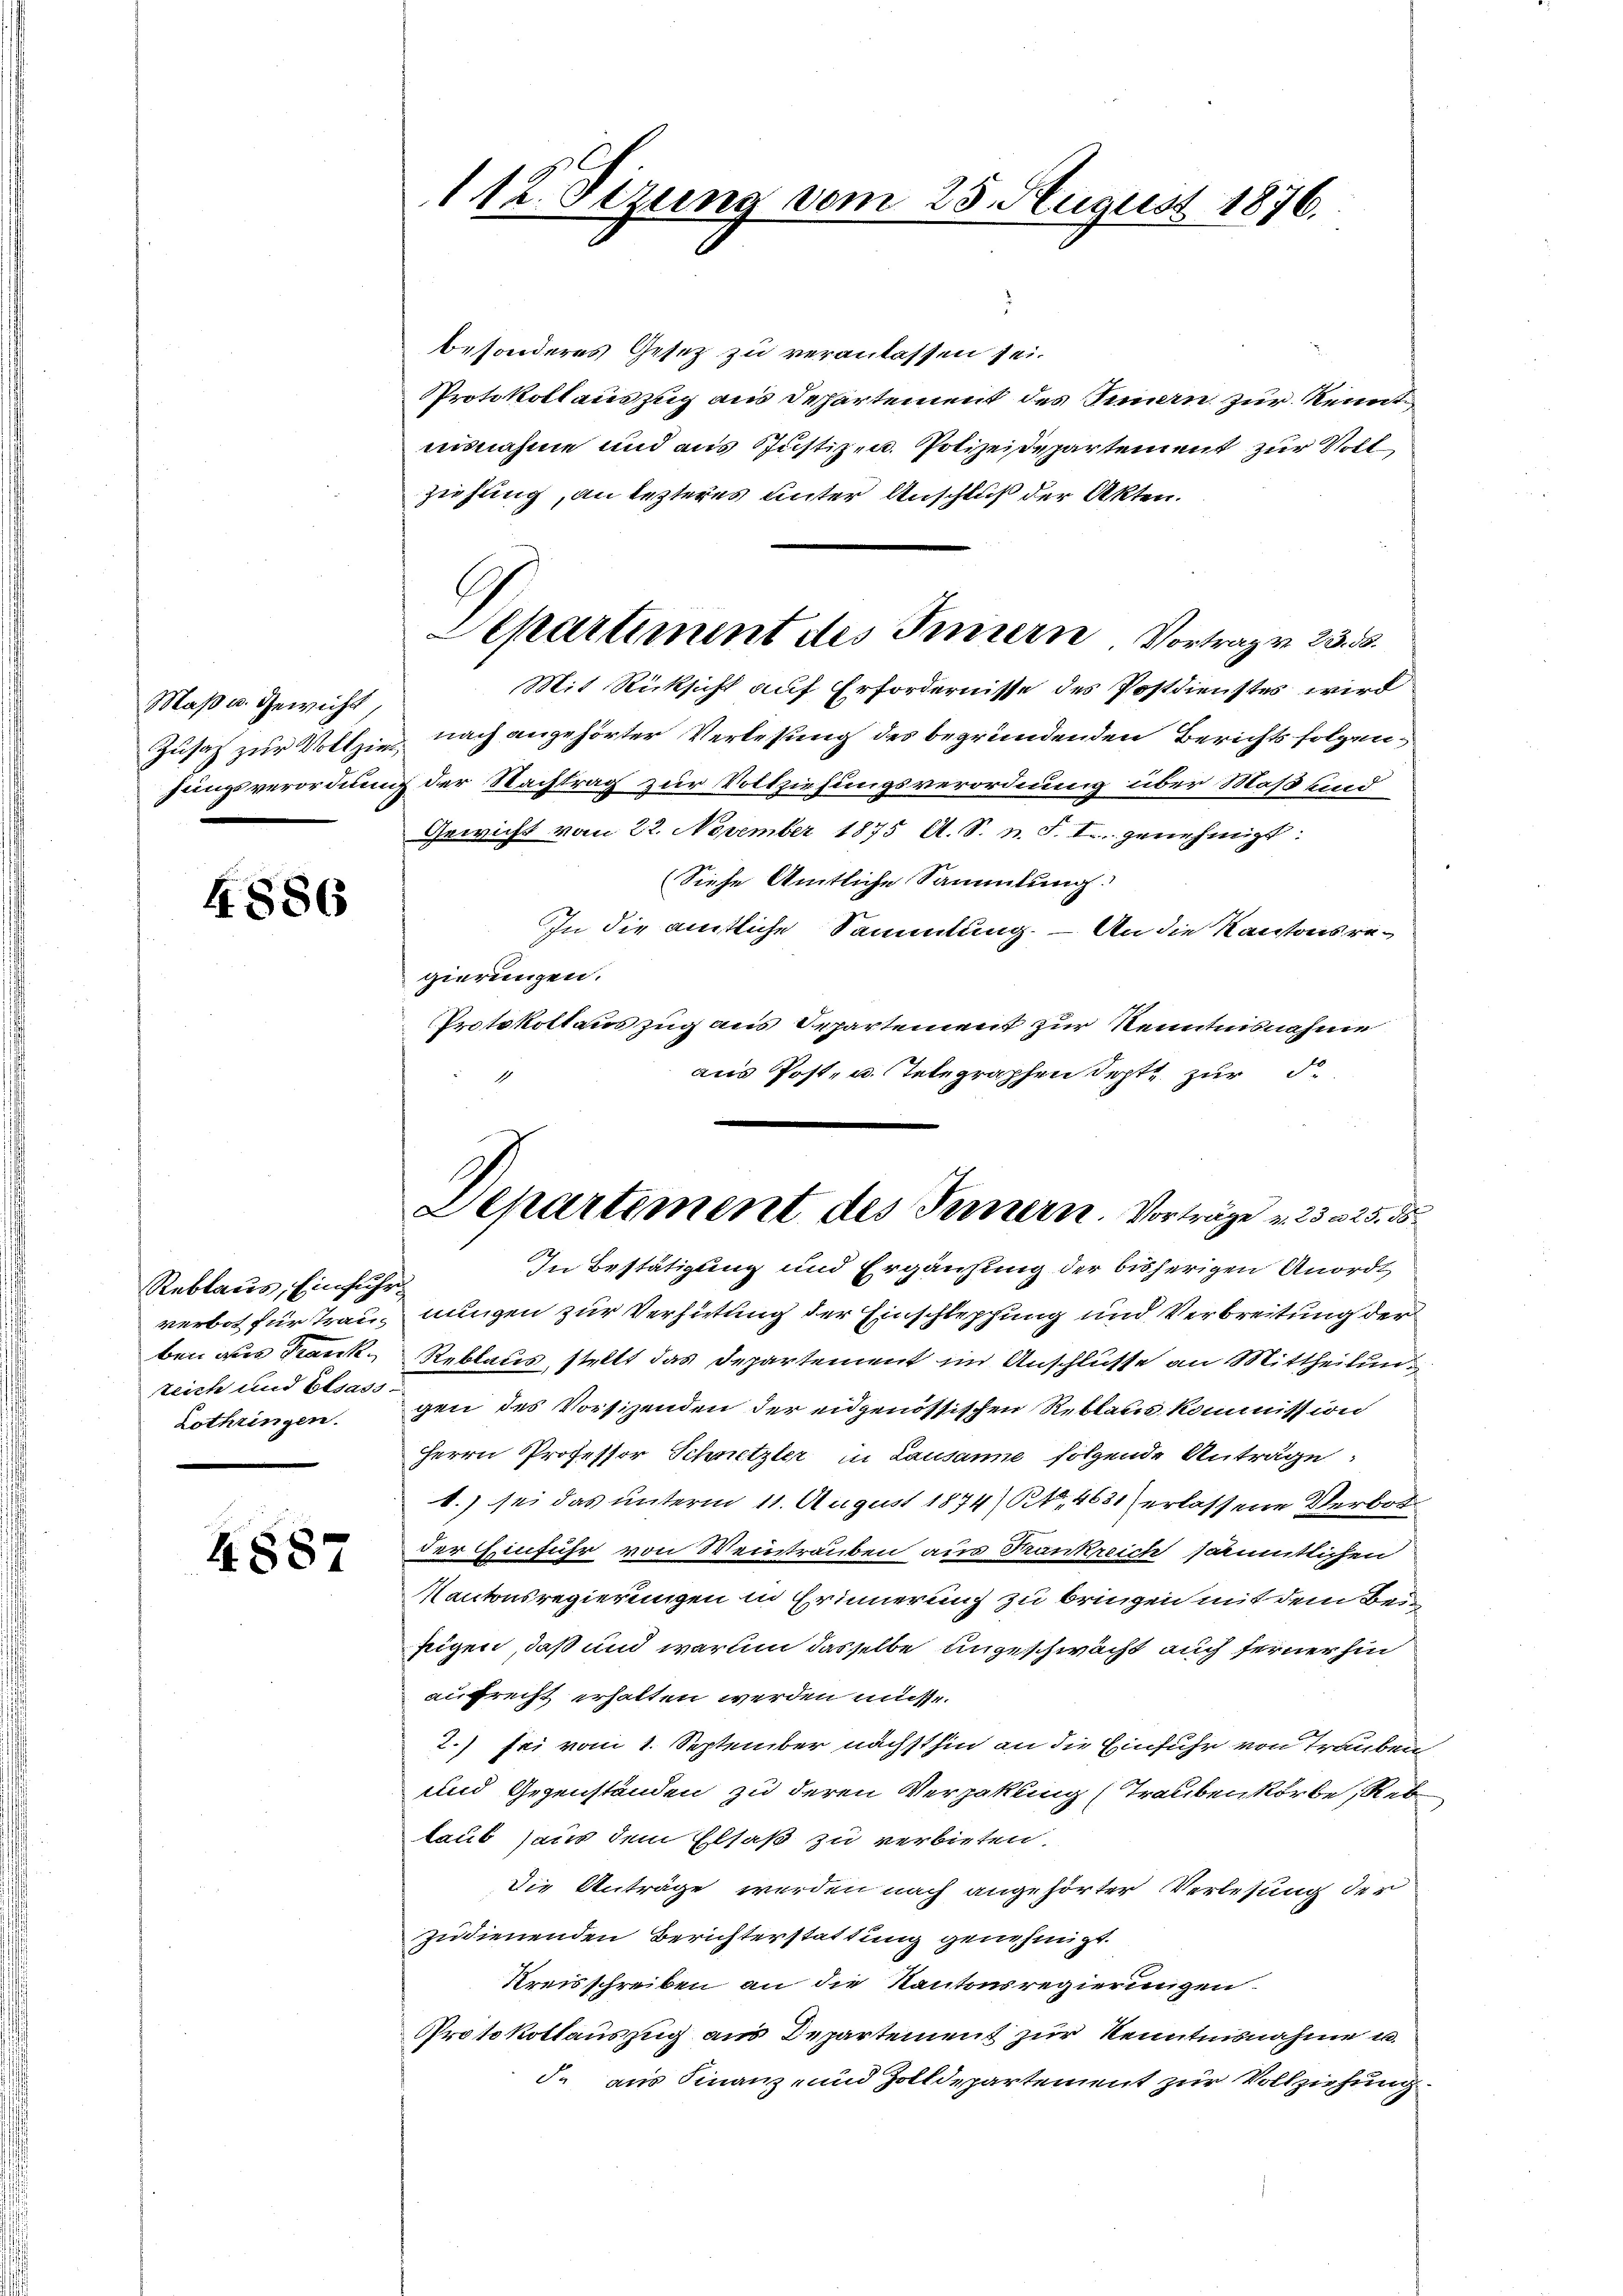
Maß u. Gewicht,

4886

Reblaus, Einfuhrverbot für Trauben aus Frank
teich und Elsass-

4887

112. Sizung vom 25. August 1876.

besonderes Gesetz zu veranlassen sei.
Protokollauszug aus Departement des Innern zur Kennt,
annahme und aus Justizen. Polizeidepartement zur Voll
ziehung, an lezteres unter Anschluß der Akten.
Mit Rücksicht auf Erfordernisse des Postdienstes wird
Zusatz zur Vollzie nach angehörter Verlesung des begründenden Berichts folgenhungsverordnung der Nachtrag zur Vollziehungsverordnung über Maß sind
Gewicht vom 22. November 1875 A. S. n. F. I genehmigt:
Siese Amtliche Sammlung
In die amtliche Sammlung. – An die Kantonsregierungen.
Protokollauszug aus Departement zur Kenntnisnahme
aus Post- u. Telegraphen Septe zur de
In Bestätigung und Ergänzung der bisherigen Anordt
nungen zur Verhütung der Einschleppung und Verbreitung der
Reblaus, stellt das Departement im Anschlüsse an Mittheilun
Lothringen. gen des Vorsizenden der eidgenössischen Reblaus kommission
Herrn Professor Schnetzler in Lausanne folgende Anträge:
1.) sei das unterm 11. August 1874) Rt. 4631) erlassene Verbot
der Einführ von Weintrauben aus Frankreich sämmtlichen
Kantonsregierungen in Erinnerung zu bringen mit dem Beisigen, daß und warum dasselbe angeschwächt auch ferner hin
aufrecht erhalten werden müsse.
2.) sei vom 1. September nächsthin an die Einfuhr von Trauben
und Gegenständen zu deren Verpakling (Traubenkorbe, Reblaub aus dem Elsaß zu verbieten.
Die Anträge werden nach angehörter Verlesung der
zudienenden Berichterstattung genehmigt.
Kreisschreiben an die Kantonsregierungen.
Protokollauszug aus Departement zur Kenntnisnahme u.
d. aus Finanz- und Zolldepartement zur Vollziehung

Departement des Innern Vortrage 23.3.

Departement des Triern. Vorträge v. 23 des

e